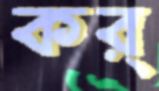
কর্